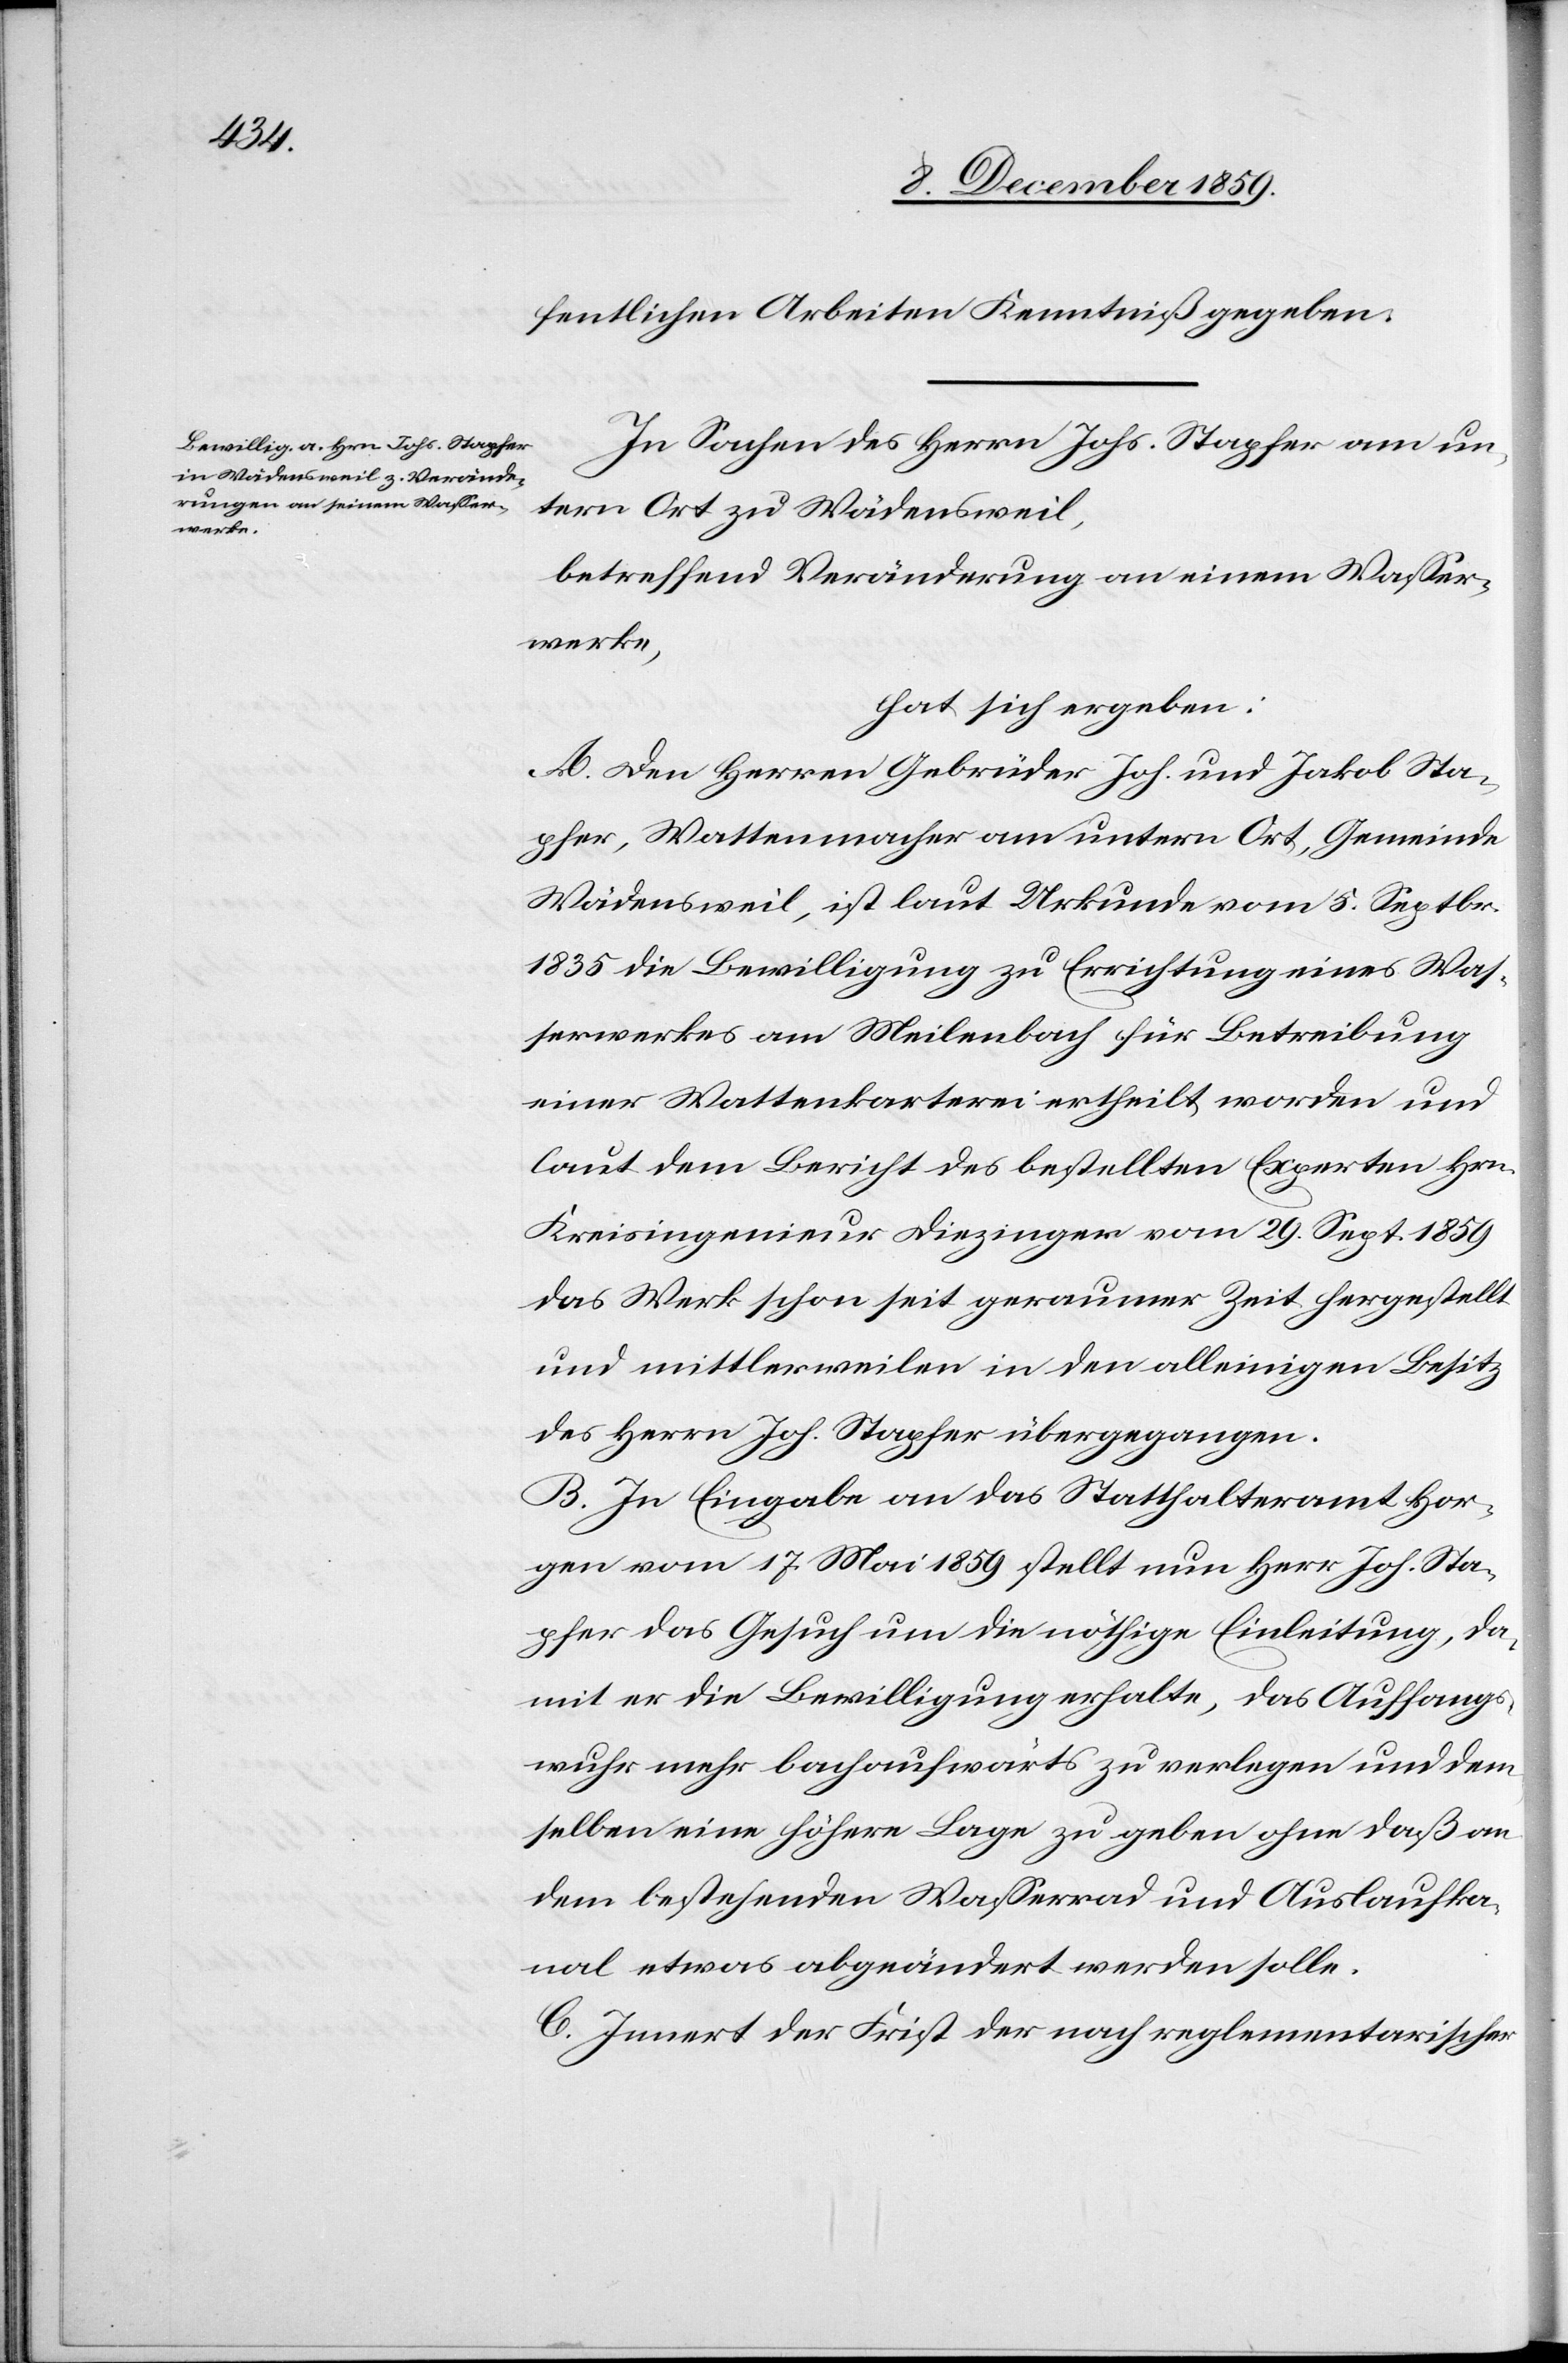
fentlichen Arbeiten Kenntniß zu geben.
In Sachen des Herrn Johs. Stapfer am un¬
tern Ort zu Wädensweil,
betreffend Veränderung an einem Wasser¬
werke,
hat sich ergeben:
A. Den Herren Gebrüder Joh. und Jakob Sta¬
pfer, Wattenmacher am untern Ort, Gemeinde
Wädensweil, ist laut Urkunde vom 5. September
1835 die Bewilligung zu Errichtung eines Was¬
serwerkes am Meilenbach für Betreibung
einer Wattenkarterei ertheilt worden und
laut dem Bericht des bestellten Experten Hrn.
Kreisingenieur Diezinger vom 29. Sept. 1859
das Werk schon seit geraumer Zeit hergestellt
und mittlerweile in dem alleinigen Besitz
des Herrn Joh. Stapfer übergegangen.
B. In Eingabe an das Statthalteramt Hor¬
gen vom 17. Mai 1859 stellt nun Herr Hog, Sta¬
pfer das Gesuch um die nöthige Einleitung, da¬
mit er die Bewilligung erhalte, das Auffangs¬
wuhr mehr bachaufwärts zu verlegen und dem¬
selben eine höhere Lage zu geben, ohne daß an
dem bestehenden Wasserrad und Auslaufka¬
nal etwas abgeändert werden solle.
C. Innert der Frist der nach reglementarischer